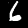
Label: 6